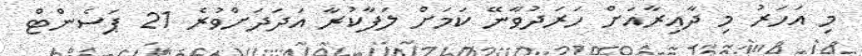
މި އަހަރު މި ދާއިރާއަށް ހަރަދުވާނޭ ކަމަށް ލަފާކުރާ އަދަދަށްވުރެ 21 ޕަސެންޓް